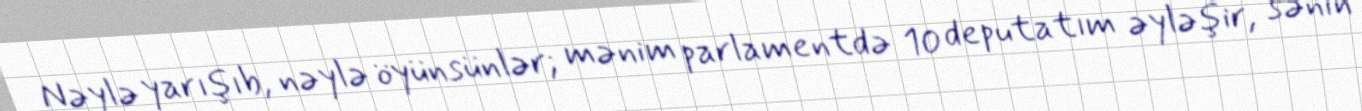
Nəylə yarışıb, nəylə öyünsünlər; mənim parlamentdə 10 deputatım əyləşir, sənin